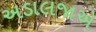
અડાલજાએ